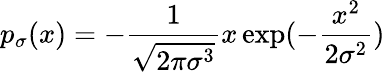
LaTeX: p_{\sigma}(x)=-\frac{1}{\sqrt{{2\pi}\sigma^{3}}}x\exp(-\frac{x^{2}}{2\sigma^{2}})